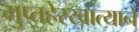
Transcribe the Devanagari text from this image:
गुप्तहेरखात्याने